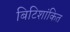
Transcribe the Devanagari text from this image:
बिटिशांकित